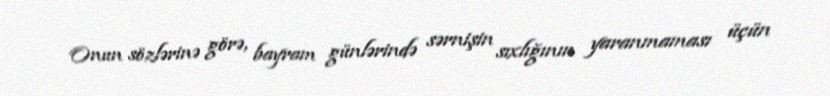
Onun sözlərinə görə, bayram günlərində sərnişin sıxlığının yaranmaması üçün